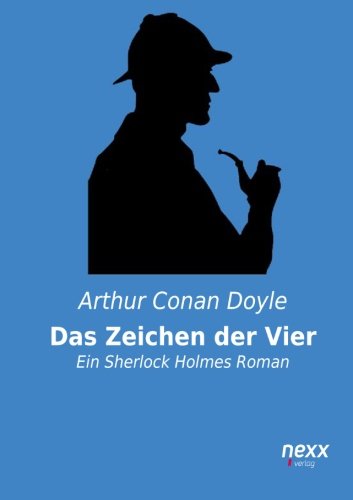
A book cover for Das Zeichen der Vier: Ein Sherlock Holmes Roman (German Edition); Arthur Conan Doyle; Literature & Fiction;